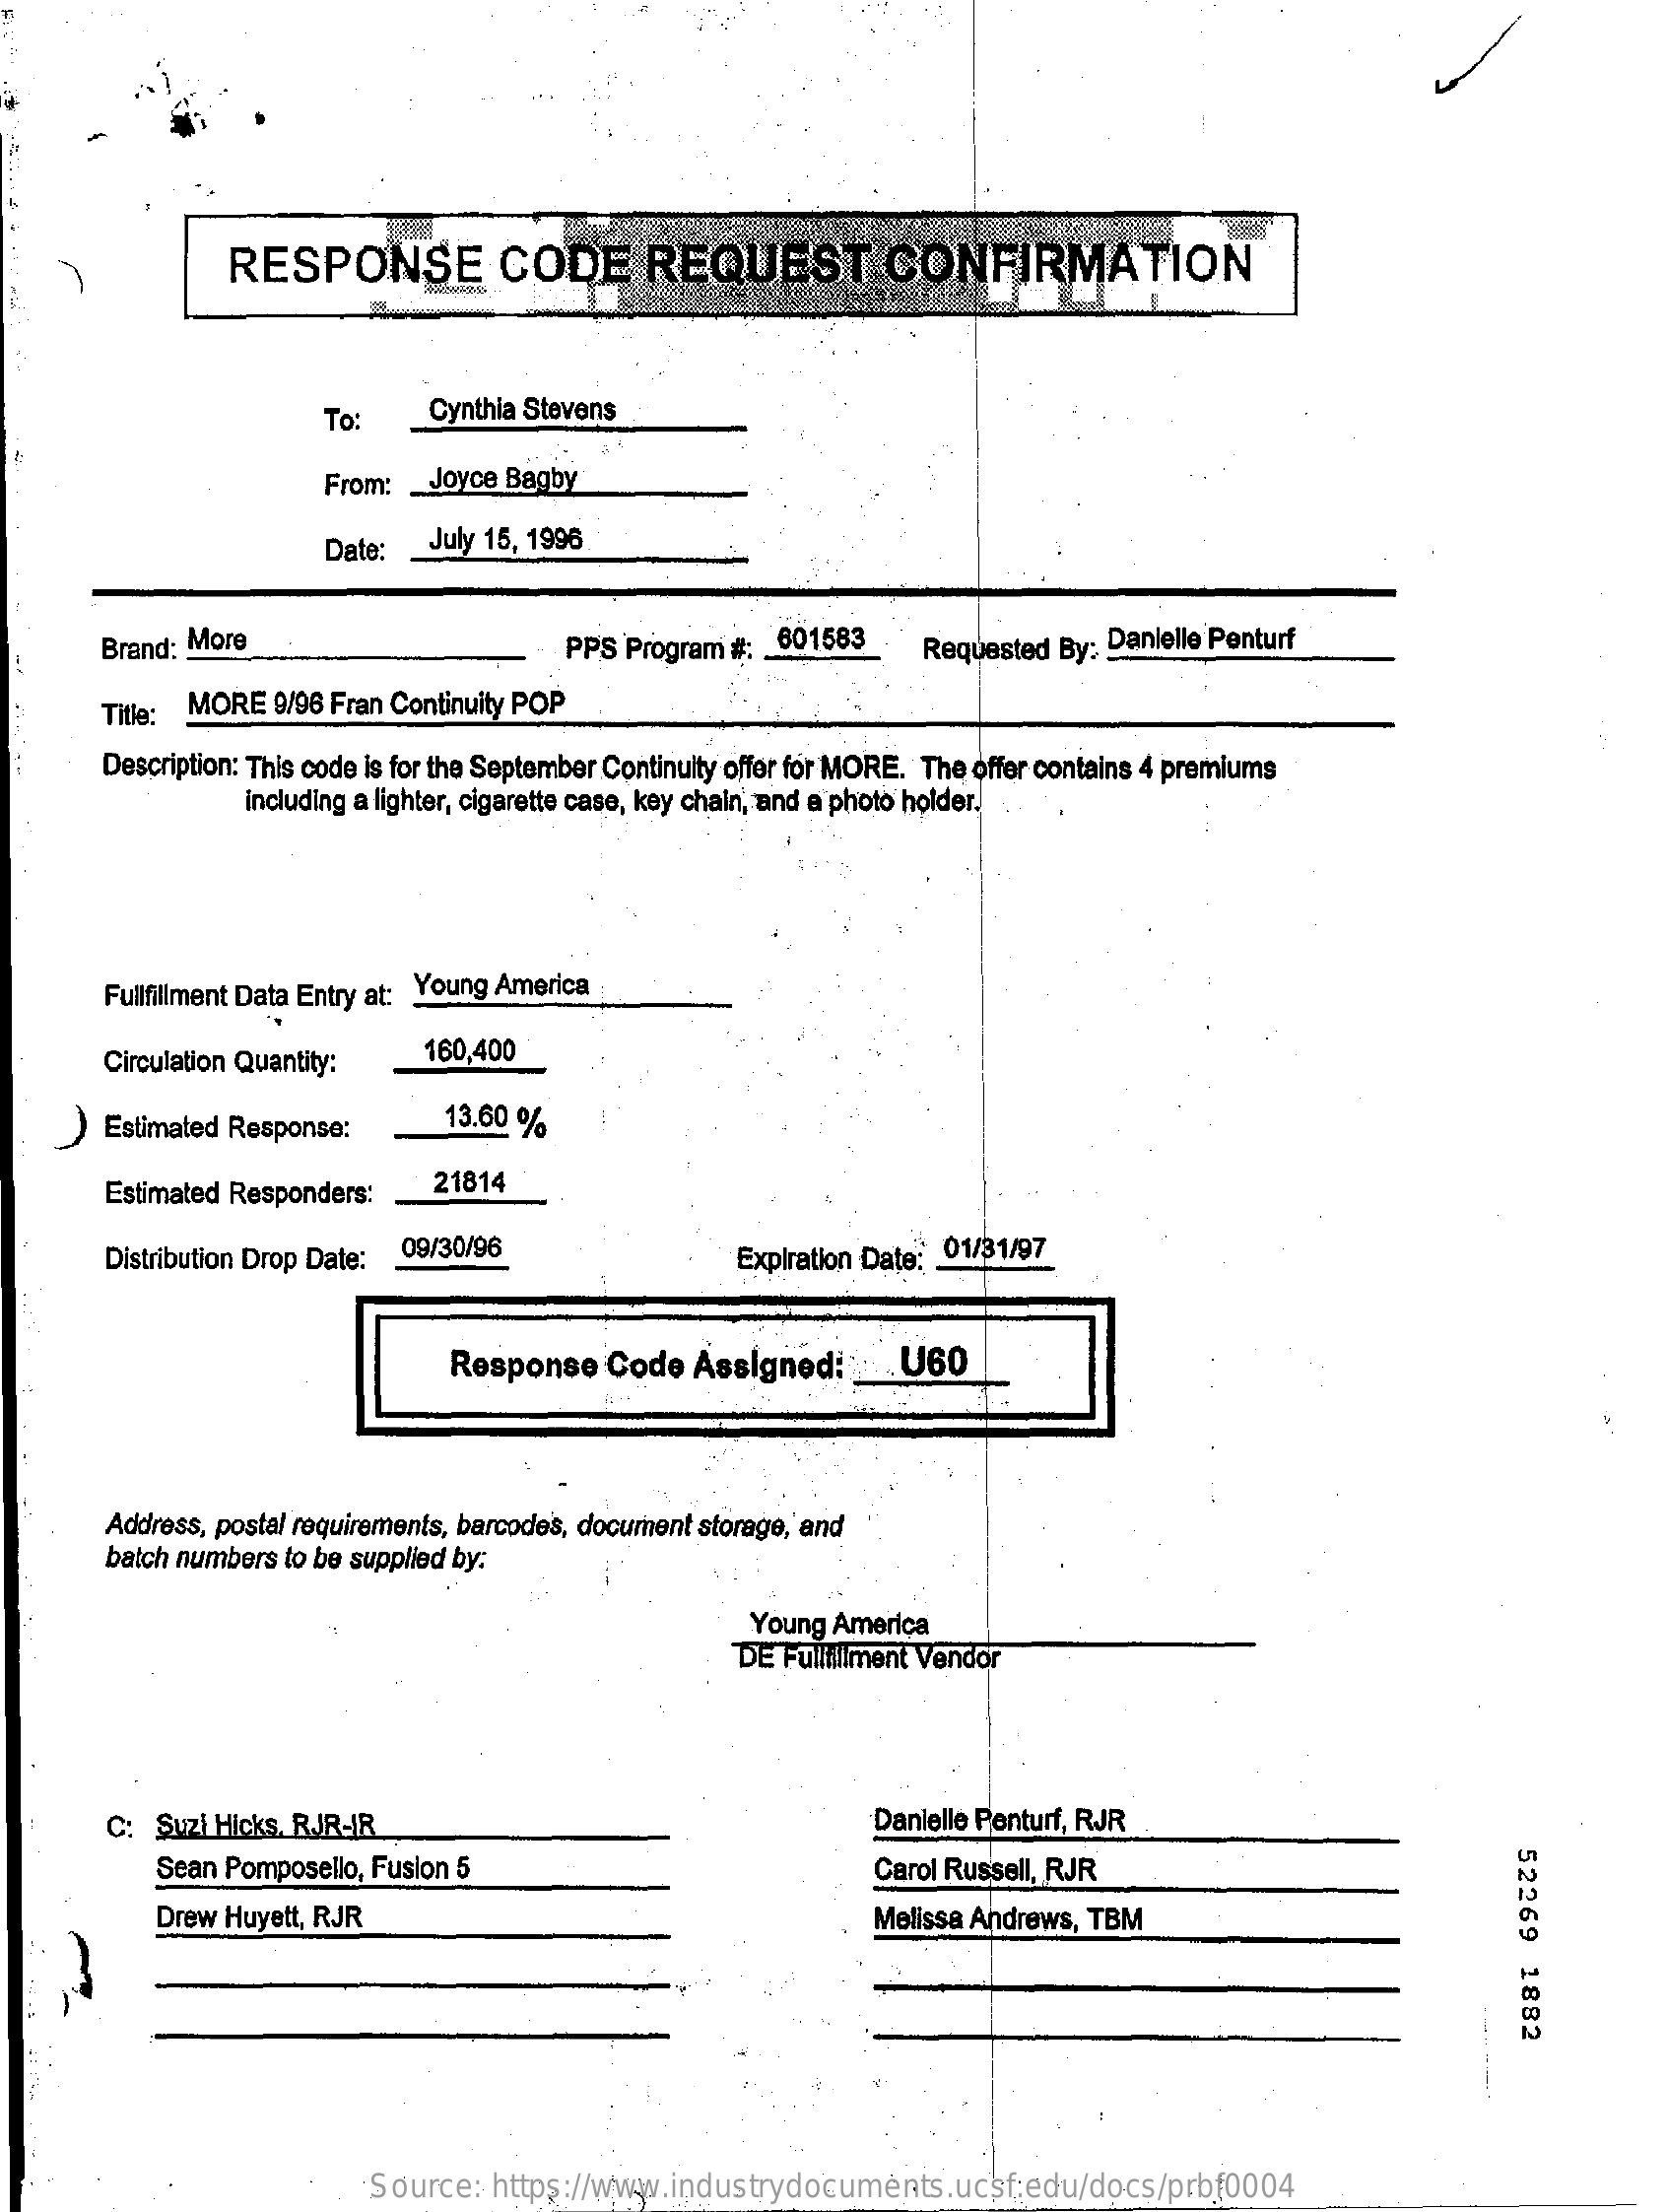
RESPONSE    CODE    REQUEST    CONFIRMATION
     To:    Cynthia Stevens
     From: _ Joyce Bagby
     Date:  July 15, 1996
     Brand: More    PPS Program #: __ 601583 Requested By: Danielle Penturf
     Title: MORE 9/96 Fran Continuity POP
     Description: This code is for the September Continuity offer for MORE. The offer contains 4 premiums
     including a lighter, cigarette case, key chain, and a photo holder.
     Fullfillment Data Entry at: Young America
     Circulation Quantity:  160,400
     ) Estimated Response:    13.60 %
     Estimated Responders:   21814
     Distribution Drop Date: 09/30/96    Expiration Date: _ 01/31/97
     Response   Code   Assigned  :.... U60
     Address, postal requirements, barcodes, document storage, and
     batch numbers to be supplied by:
     Young America
     DE Fulltliment Vendor
     C: Suzi Hicks, RJR-IR    Danielle Penturf, RJR
     52269
     1882
     Sean Pomposello, Fusion 5    Carol Russell, RJR
     Drew Huyett, RJR    Melissa Andrews, TBM
     Source:  https://www.industrydocuments.ucsf.edu/docs/prbf0004